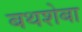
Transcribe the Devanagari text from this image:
बथशेबा